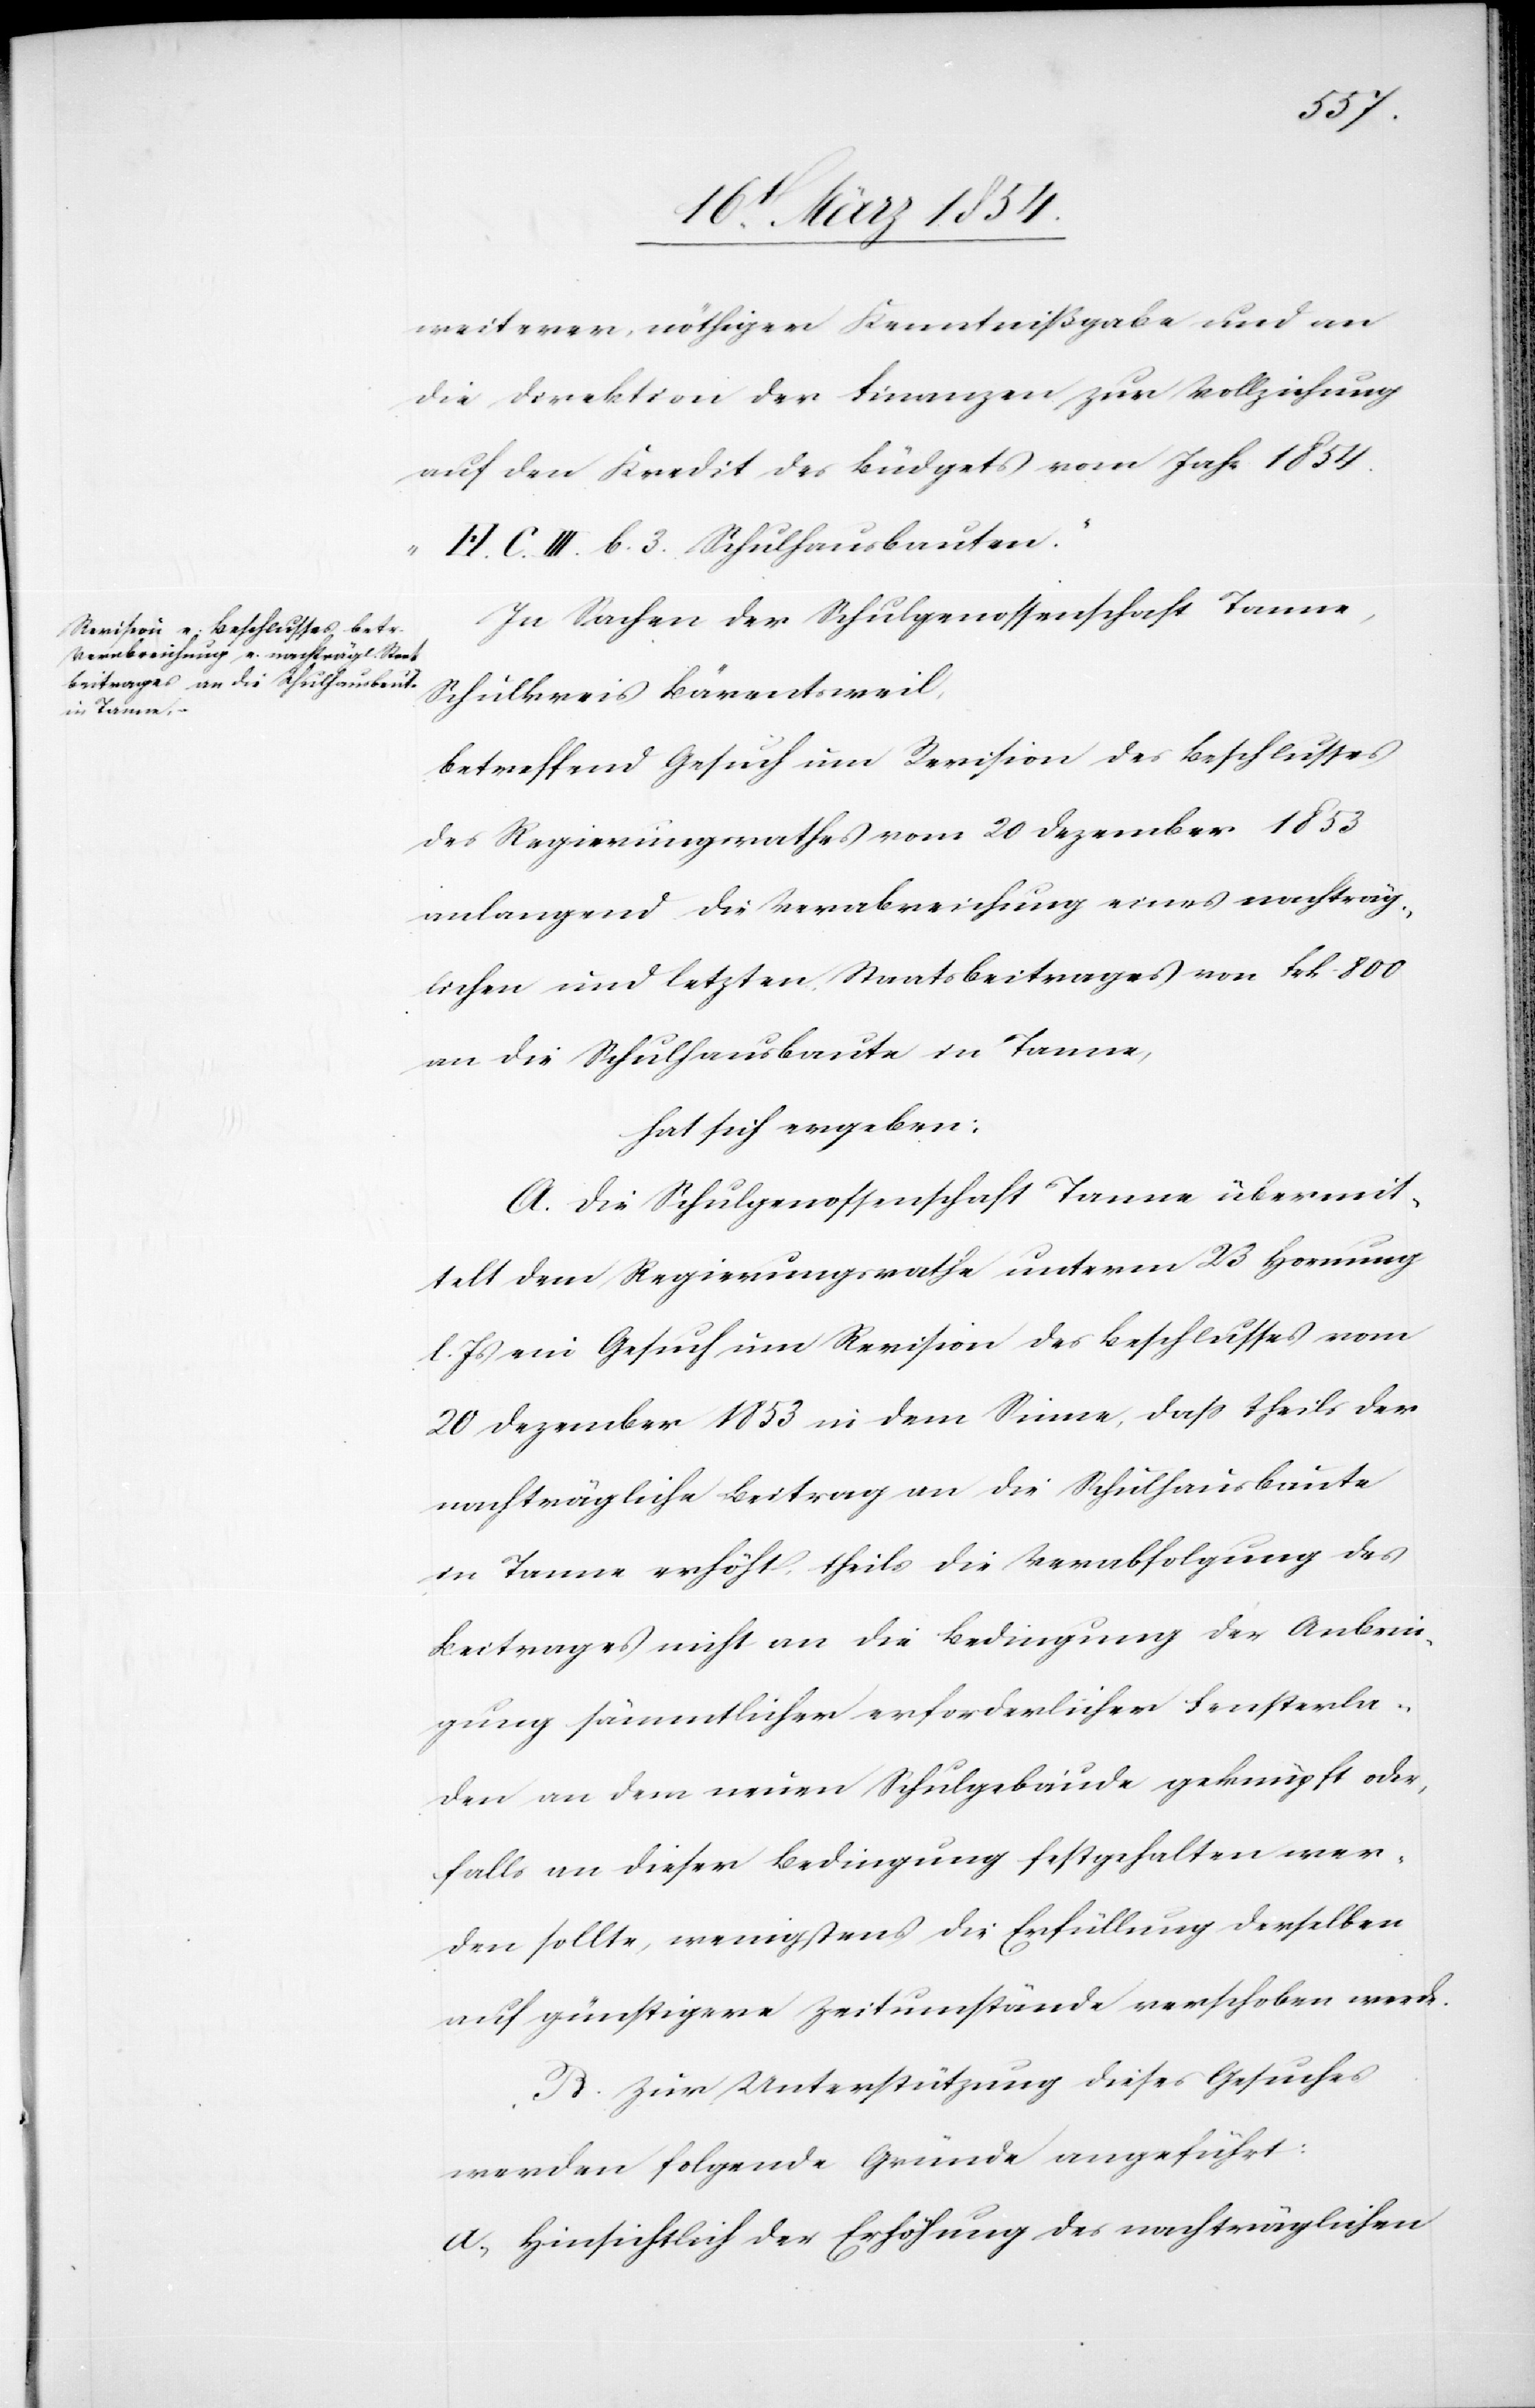
weiterer, nöthiger Kenntnißgabe und an
die Direktion der Finanzen zur Vollziehung
auf den Kredit des Büdgets vom Jahr 1854.
„H. C. III. b. 3. Schulhausbauten.“
In Sachen der Schulgenossenschaft Tanne,
Schulkreis Bärentsweil,
betreffend Gesuch um Revision des Beschlusses
des Regierungsrathes vom 20 Dezember 1853
anlangend die Verabreichung eines nachträg¬
lichen und letzten Staatsbeitrages von Frk. 800
an die Schulhausbaute in Tanne,
hat sich ergeben:
A. Die Schulgenossenschaft Tanne übermit¬
telt dem Regierungsrathe unterm 23 Hornung
l. Js ein Gesuch um Revision des Beschlusses vom
20 Dezember 1853 in dem Sinne, daß theils der
nachträgliche Beitrag an die Schulhausbaute
in Tanne erhöht, theils die Verabfolgung des
Beitrages nicht an die Bedingung der Anbrin¬
gung sämmtlicher erforderlicher Fensterla¬
den an dem neuen Schulgebäude geknüpft oder,
falls an dieser Bedingung festgehalten wer¬
den sollte, wenigstens die Erfüllung derselben
auf günstigere Zeitumstände verschoben werde.
B. Zur Unterstützung dieses Gesuches
werden folgende Gründe angeführt:
a) Hinsichtlich der Erhöhung des nachträglichen